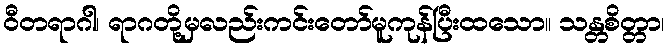
ဝီတရာဂါ၊ ရာဂတို့မှလည်းကင်းတော်မူကုန်ပြီးထသော။ သန္တစိတ္တာ၊